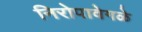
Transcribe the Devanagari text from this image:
निरोपावेगळे